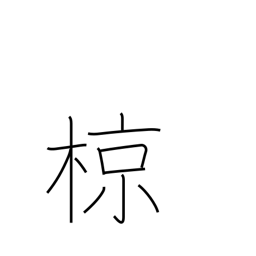
Meaning: grey starling